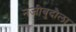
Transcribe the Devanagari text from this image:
नजीबुदौला